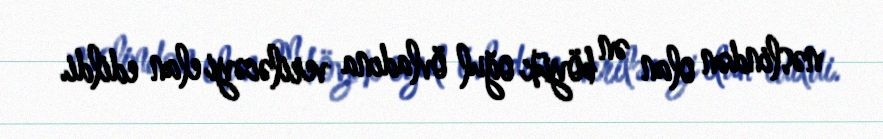
nəslindən olan ən böyük oğul övladına veriləcəyi elan edildi.